Lunatic asylums in Bengal annual reports 1912-1924 - 1912-1924
Year: 1912
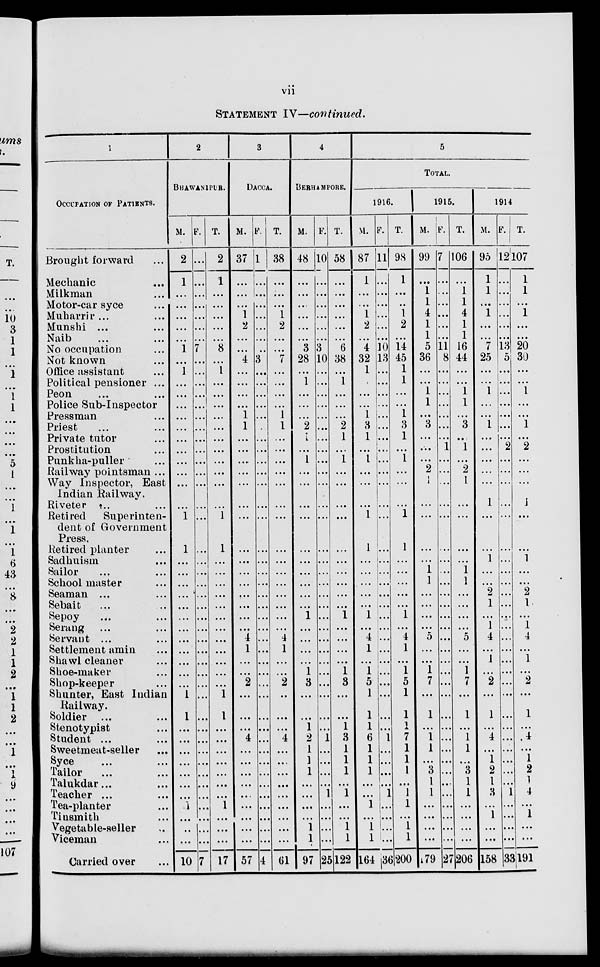
vii
STATEMENT IV—continued.
1
OCCUPATION OF PATIENTS.
Brought forward ...
Mechanic ...
Milkman ...
Motor-car syce ...
Muharrir ... ...
Munshi ... ...
Naib ... ...
No occupation ...
Not known ...
Office assistant ...
Political pensioner ...
Peon ... ...
Police Sub-Inspector
Pressman ...
Priest ... ...
Private tutor ...
Prostitution ...
Punkha-puller ...
Railway pointsman ...
Way Inspector, East
Indian Railway.
Riveter ... ...
Retired
Superinten-
dent of Government
Press.
Retired planter ...
Sadhuism ...
Sailor ... ...
School master ...
Seaman ... ...
Sebait ... ...
Sepoy ... ...
Serang ... ...
Servant ... ...
Settlement amin ...
Shawl cleaner ...
Shoe-maker ...
Shop-keeper ...
Shunter, East Indian
Railway.
Soldier ... ...
Stenotypist ...
Student ... ...
Sweetmeat-seller ...
Syce ... ...
Tailor ... ...
Talukdar ... ...
Teacher ... ...
Tea-planter ...
Tinsmith ...
Vegetable-seller ...
Viceman ...
Carried over ...
2
BHAWANIPUR.
M.
2
1
...
...
...
...
...
1
...
1
...
...
...
...
...
...
...
...
...
...
...
1
1
...
...
...
...
...
...
...
...
...
...
...
...
1
1
...
...
...
...
...
...
...
1
...
...
...
10
F.
...
...
...
...
...
...
...
7
...
...
...
...
...
...
...
...
...
...
...
...
...
...
...
...
...
...
...
...
...
...
...
...
...
...
...
...
...
...
...
...
...
...
...
...
...
...
...
...
7
T.
2
1
...
...
...
...
...
8
...
1
...
...
...
...
...
...
...
...
...
...
...
1
1
...
...
...
...
...
...
...
...
...
...
...
...
1
1
...
...
...
...
...
...
...
1
...
...
...
17
3
DACCA.
M.
37
...
...
...
1
2
...
...
4
...
...
...
...
1
1
...
...
...
...
...
...
...
...
...
...
...
...
...
...
...
4
1
...
...
2
...
...
...
4
...
...
...
...
...
...
...
...
...
57
F.
1
...
...
...
...
...
...
...
3
...
...
...
...
...
...
...
...
...
...
...
...
...
...
...
...
...
...
...
...
...
...
...
...
...
...
...
...
...
...
...
...
...
...
...
...
...
...
...
4
T.
38
...
...
...
1
2
...
...
7
...
...
...
...
1
1
...
...
...
...
...
...
...
...
...
...
...
...
...
...
...
4
1
...
...
2
...
...
...
4
...
...
...
...
...
...
...
...
...
61
4
BERHAMPORE.
M.
48
...
...
...
...
...
...
3
28
...
1
...
...
...
2
1
...
1
...
...
...
...
...
...
...
...
...
...
1
...
...
...
...
1
3
...
...
1
2
1
1
1
...
...
...
...
1
1
97
F.
10
...
...
...
...
...
...
3
10
...
...
...
...
...
...
...
...
...
...
...
...
...
...
...
...
...
...
...
...
...
...
...
...
...
...
...
...
...
1
...
...
...
...
1
...
...
...
...
25
T.
58
...
...
...
...
...
...
6
38
...
1
...
...
...
2
1
...
1
...
...
...
...
...
...
...
...
...
...
1
...
...
...
...
1
3
...
...
1
3
1
1
1
...
1
...
...
1
1
122
5
TOTAL.
1916.
M.
87
1
...
...
1
2
...
4
32
1
1
...
...
1
3
1
...
1
...
...
...
1
1
...
...
...
...
...
1
...
4
1
...
1
5
1
1
1
6
1
1
1
...
...
1
...
1
1
164
F.
11
...
...
...
...
...
...
10
13
...
...
...
...
...
...
...
...
...
...
...
...
...
...
...
...
...
...
...
...
...
...
...
...
...
...
...
...
...
1
...
...
...
...
1
...
...
...
...
36
T.
98
1
...
...
1
2
...
14
45
1
1
...
...
1
3
1
...
1
...
...
...
1
1
...
...
...
...
...
1
...
4
1
...
1
5
1
1
1
7
1
1
1
...
1
1
...
1
1
200
1915.
M.
99
...
1
1
4
1
1
5
36
...
...
1
1
...
3
...
...
...
2
1
...
...
...
...
1
1
...
...
...
...
5
...
...
1
7
...
1
...
1
1
...
3
1
1
...
...
...
...
179
F.
7
...
...
...
...
...
...
11
8
...
...
...
...
...
...
...
1
...
...
...
...
...
...
...
...
...
...
...
...
...
...
...
...
...
...
...
...
...
...
...
...
...
...
...
...
...
...
...
27
T.
106
...
1
1
4
1
1
16
44
...
...
1
1
...
3
...
1
...
2
1
...
...
...
...
1
1
...
...
...
...
5
...
...
1
7
...
1
...
1
1
...
3
1
1
...
...
...
...
206
1914
M.
95
1
1
...
1
...
...
7
25
...
...
1
...
...
1
...
...
...
...
...
1
...
...
1
...
...
2
1
...
1
4
...
1
...
2
...
1
...
4
...
1
2
1
3
...
1
...
...
158
F.
12
...
...
...
...
...
...
13
5
...
...
...
...
...
...
...
2
...
...
...
...
...
...
...
...
...
...
...
...
...
...
...
...
...
...
...
...
...
...
...
...
...
...
1
...
...
...
...
33
T.
107
1
1
...
1
...
...
20
30
...
...
1
...
...
1
...
2
...
...
...
1
...
...
1
...
...
2
1
...
1
4
...
1
...
2
...
1
...
4
...
1
2
1
4
...
1
...
...
191